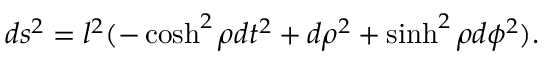
d s ^ { 2 } = l ^ { 2 } ( - \cosh ^ { 2 } \rho d t ^ { 2 } + d \rho ^ { 2 } + \sinh ^ { 2 } \rho d \phi ^ { 2 } ) .